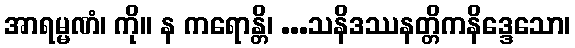
အာရမ္မဏံ၊ ကို။ န ကရောန္တိ၊ ...သနိဒဿနတ္တိကနိဒ္ဒေသော၊